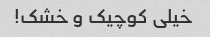
خیلی کوچیک و خشک!